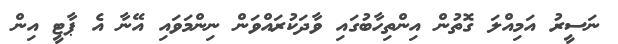
ނަސީރު އަމިއްލަ ގޮތުން އިންތިހާބުގައި ވާދަކުރައްވަން ނިންމަވައި އޭނާ އެ ޕާޓީ އިން